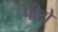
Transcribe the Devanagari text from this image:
पीयें